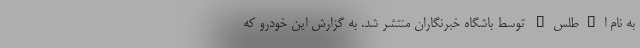
به نام ا"طلس" توسط باشگاه خبرنگاران منتشر شد. به گزارش این خودرو که